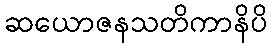
ဆယောဇနသတိကာနိပိ